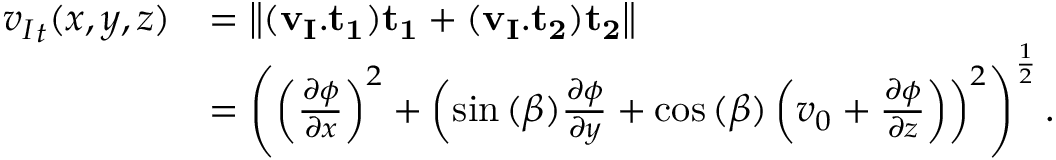
\begin{array} { r l } { { v _ { I } } _ { t } ( x , y , z ) } & { = \left\| ( \mathbf { v _ { I } } . \mathbf { { t _ { 1 } } } ) \mathbf { { t _ { 1 } } } + ( \mathbf { v _ { I } } . \mathbf { { t _ { 2 } } } ) \mathbf { { t _ { 2 } } } \right\| } \\ & { = \left( \left( \frac { \partial \phi } { \partial x } \right) ^ { 2 } + \left( \sin { ( \beta ) } \frac { \partial \phi } { \partial y } + \cos { ( \beta ) } \left( v _ { 0 } + \frac { \partial \phi } { \partial z } \right) \right) ^ { 2 } \right) ^ { \frac { 1 } { 2 } } . } \end{array}